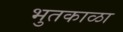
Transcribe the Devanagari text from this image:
भुतकाळा